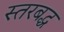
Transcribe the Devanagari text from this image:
स्तरबद्ध